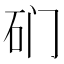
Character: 𱳨